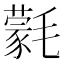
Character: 氋